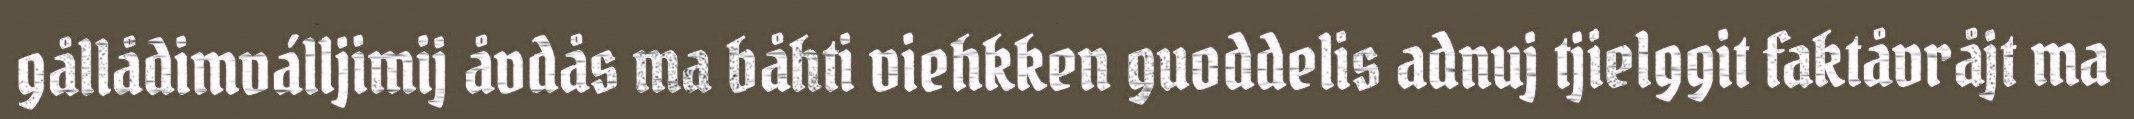
gållådimválljimij åvdås ma båhti viehkken guoddelis adnuj tjielggit faktåvråjt ma